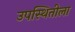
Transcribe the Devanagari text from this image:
उपस्थितीला